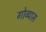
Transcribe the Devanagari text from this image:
गोव्यास